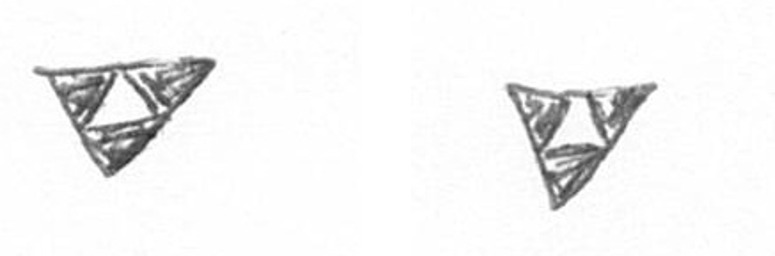
S S